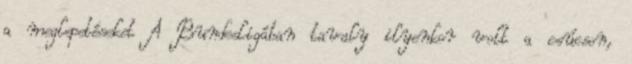
a meglepetéseket A Bundesligában tavaly ilyenkor volt a csúcson,